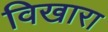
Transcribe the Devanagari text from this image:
विखारा